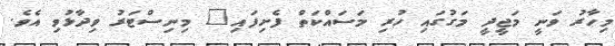
މިހާރު ވަނީ މަޖީދީ މަގުގައި ހުރި މަސައްކަތް ފެށިފައި" މިނިސްޓަރު ވިދާޅުވި އެވެ.